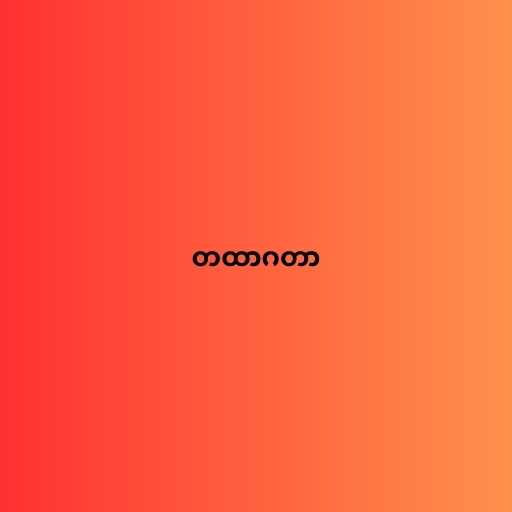
တထာဂတာ